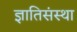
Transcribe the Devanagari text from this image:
ज्ञातिसंस्था